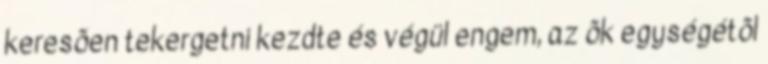
keresõen tekergetni kezdte és végül engem, az õk egységétõl